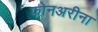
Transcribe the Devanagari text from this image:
फोनअरीना